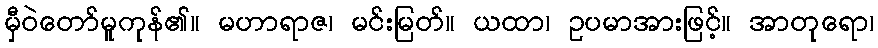
မှီဝဲတော်မူကုန်၏။ မဟာရာဇ၊ မင်းမြတ်။ ယထာ၊ ဥပမာအားဖြင့်။ အာတုရော၊